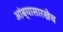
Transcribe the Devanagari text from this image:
आंब्यासारखेच